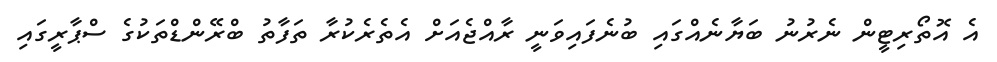
އެ އޮތޯރިޓީން ނެރުނު ބަޔާނެއްގައި ބުނެފައިވަނީ ރާއްޖެއަށް އެތެރެކުރާ ތަފާތު ބްރޭންޑްތަކުގެ ސްޕާރީގައި